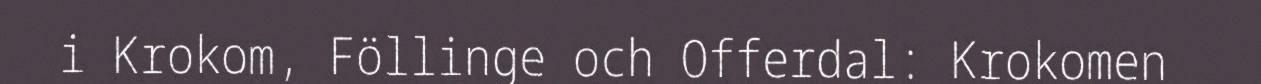
i Krokom, Föllinge och Offerdal: Krokomen